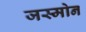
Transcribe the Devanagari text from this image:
जस्मोन